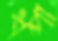
ধপা